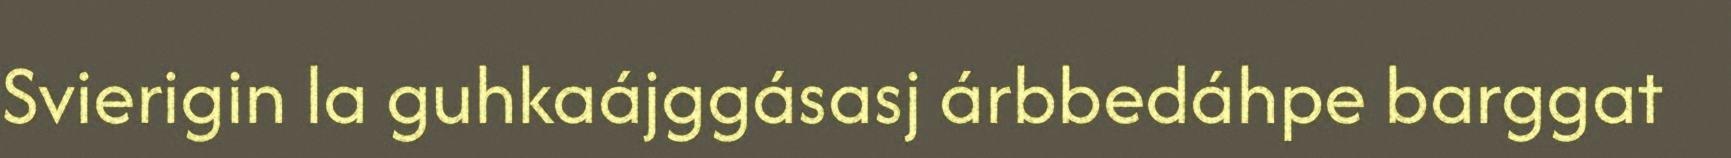
Svierigin la guhkaájggásasj árbbedáhpe barggat